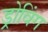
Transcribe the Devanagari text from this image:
ड्रोविंग